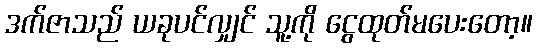
ဒက်ဇာသည် ယခုပင်လျှင် သူ့ကို ငွေထုတ်မပေးတော့။